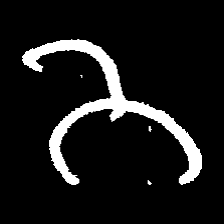
Pyu character \u2014 Myanmar letter: ဘ (romanized: bha)